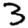
Digit: 3